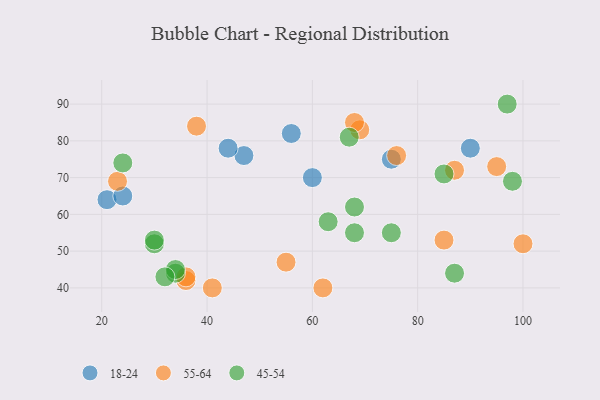
{"axis": {"x": "GDP", "y": "Life Expectancy"}, "legend": ["18-24", "45-54", "55-64"], "data": [{"x": "47", "y": 76, "type": "18-24"}, {"x": "56", "y": 82, "type": "18-24"}, {"x": "21", "y": 64, "type": "18-24"}, {"x": "75", "y": 75, "type": "18-24"}, {"x": "44", "y": 78, "type": "18-24"}, {"x": "90", "y": 78, "type": "18-24"}, {"x": "60", "y": 70, "type": "18-24"}, {"x": "24", "y": 65, "type": "18-24"}, {"x": "55", "y": 47, "type": "55-64"}, {"x": "69", "y": 83, "type": "55-64"}, {"x": "76", "y": 76, "type": "55-64"}, {"x": "87", "y": 72, "type": "55-64"}, {"x": "95", "y": 73, "type": "55-64"}, {"x": "38", "y": 84, "type": "55-64"}, {"x": "41", "y": 40, "type": "55-64"}, {"x": "36", "y": 42, "type": "55-64"}, {"x": "85", "y": 53, "type": "55-64"}, {"x": "23", "y": 69, "type": "55-64"}, {"x": "36", "y": 43, "type": "55-64"}, {"x": "100", "y": 52, "type": "55-64"}, {"x": "62", "y": 40, "type": "55-64"}, {"x": "68", "y": 85, "type": "55-64"}, {"x": "30", "y": 52, "type": "45-54"}, {"x": "98", "y": 69, "type": "45-54"}, {"x": "34", "y": 44, "type": "45-54"}, {"x": "30", "y": 53, "type": "45-54"}, {"x": "68", "y": 55, "type": "45-54"}, {"x": "87", "y": 44, "type": "45-54"}, {"x": "34", "y": 45, "type": "45-54"}, {"x": "97", "y": 90, "type": "45-54"}, {"x": "63", "y": 58, "type": "45-54"}, {"x": "32", "y": 43, "type": "45-54"}, {"x": "75", "y": 55, "type": "45-54"}, {"x": "68", "y": 62, "type": "45-54"}, {"x": "67", "y": 81, "type": "45-54"}, {"x": "85", "y": 71, "type": "45-54"}, {"x": "24", "y": 74, "type": "45-54"}]}